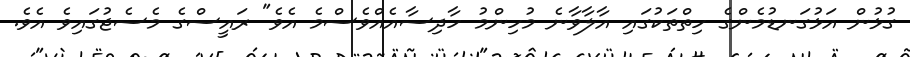
ގުޅުން އަޅުގަނޑުމެންގެ ހިތްތަކުގައި އާލާވާނެ މުހިންމު ހާދިސާއެއްވެސްމެ އެވެ" ރައީސްގެ މެސެޖުގައިވެ އެވެ.